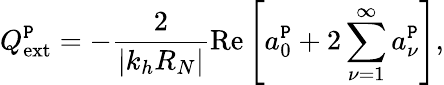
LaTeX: Q_{\textrm{ext}}^{\texttt{P}}=-\frac{2}{|k_{h}R_{N}|}\textrm{Re}\left[a_{0}^{\texttt{P}}+2\sum_{\nu=1}^{\infty}a_{\nu}^{\texttt{P}}\right],